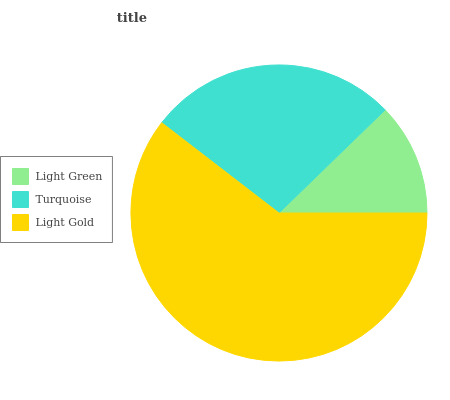
| Light Green | Turquoise | Light Gold |
 | --- | --- | --- |
 | 12.3% | 27.2% | 60.5% |